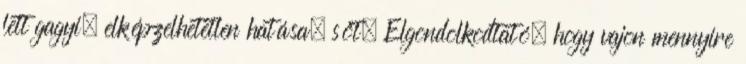
lett gagyi, elképzelhetetlen hatása, sőt. Elgondolkodtató, hogy vajon mennyire